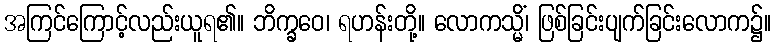
အကြင်ကြောင့်လည်းယူရ၏။ ဘိက္ခဝေ၊ ရဟန်းတို့။ လောကသ္မိံ၊ ဖြစ်ခြင်းပျက်ခြင်းလောက၌။